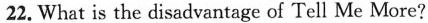
22. What is the disadvantage of Tell Me More?